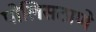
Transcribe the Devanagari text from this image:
पोलिसठाणे